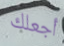
أجعلك